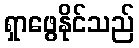
ရှာဖွေနိုင်သည်